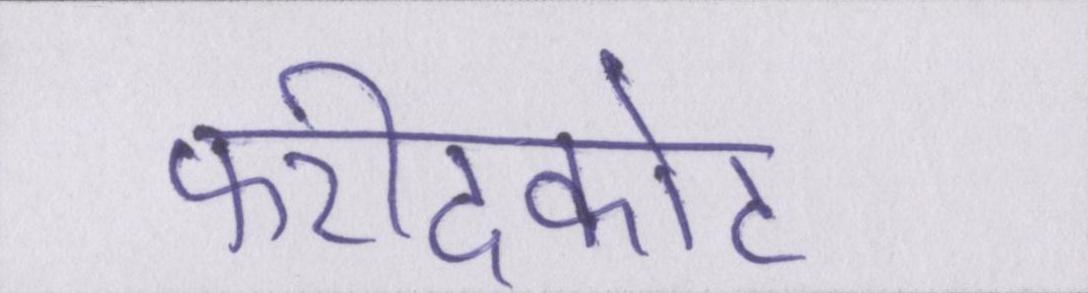
फरीदकोट